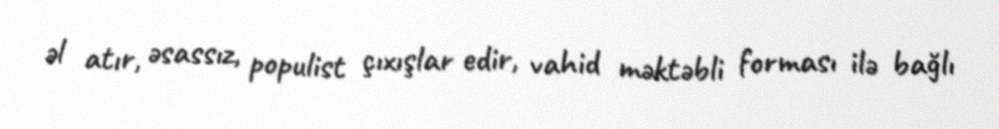
əl atır, əsassız, populist çıxışlar edir, vahid məktəbli forması ilə bağlı